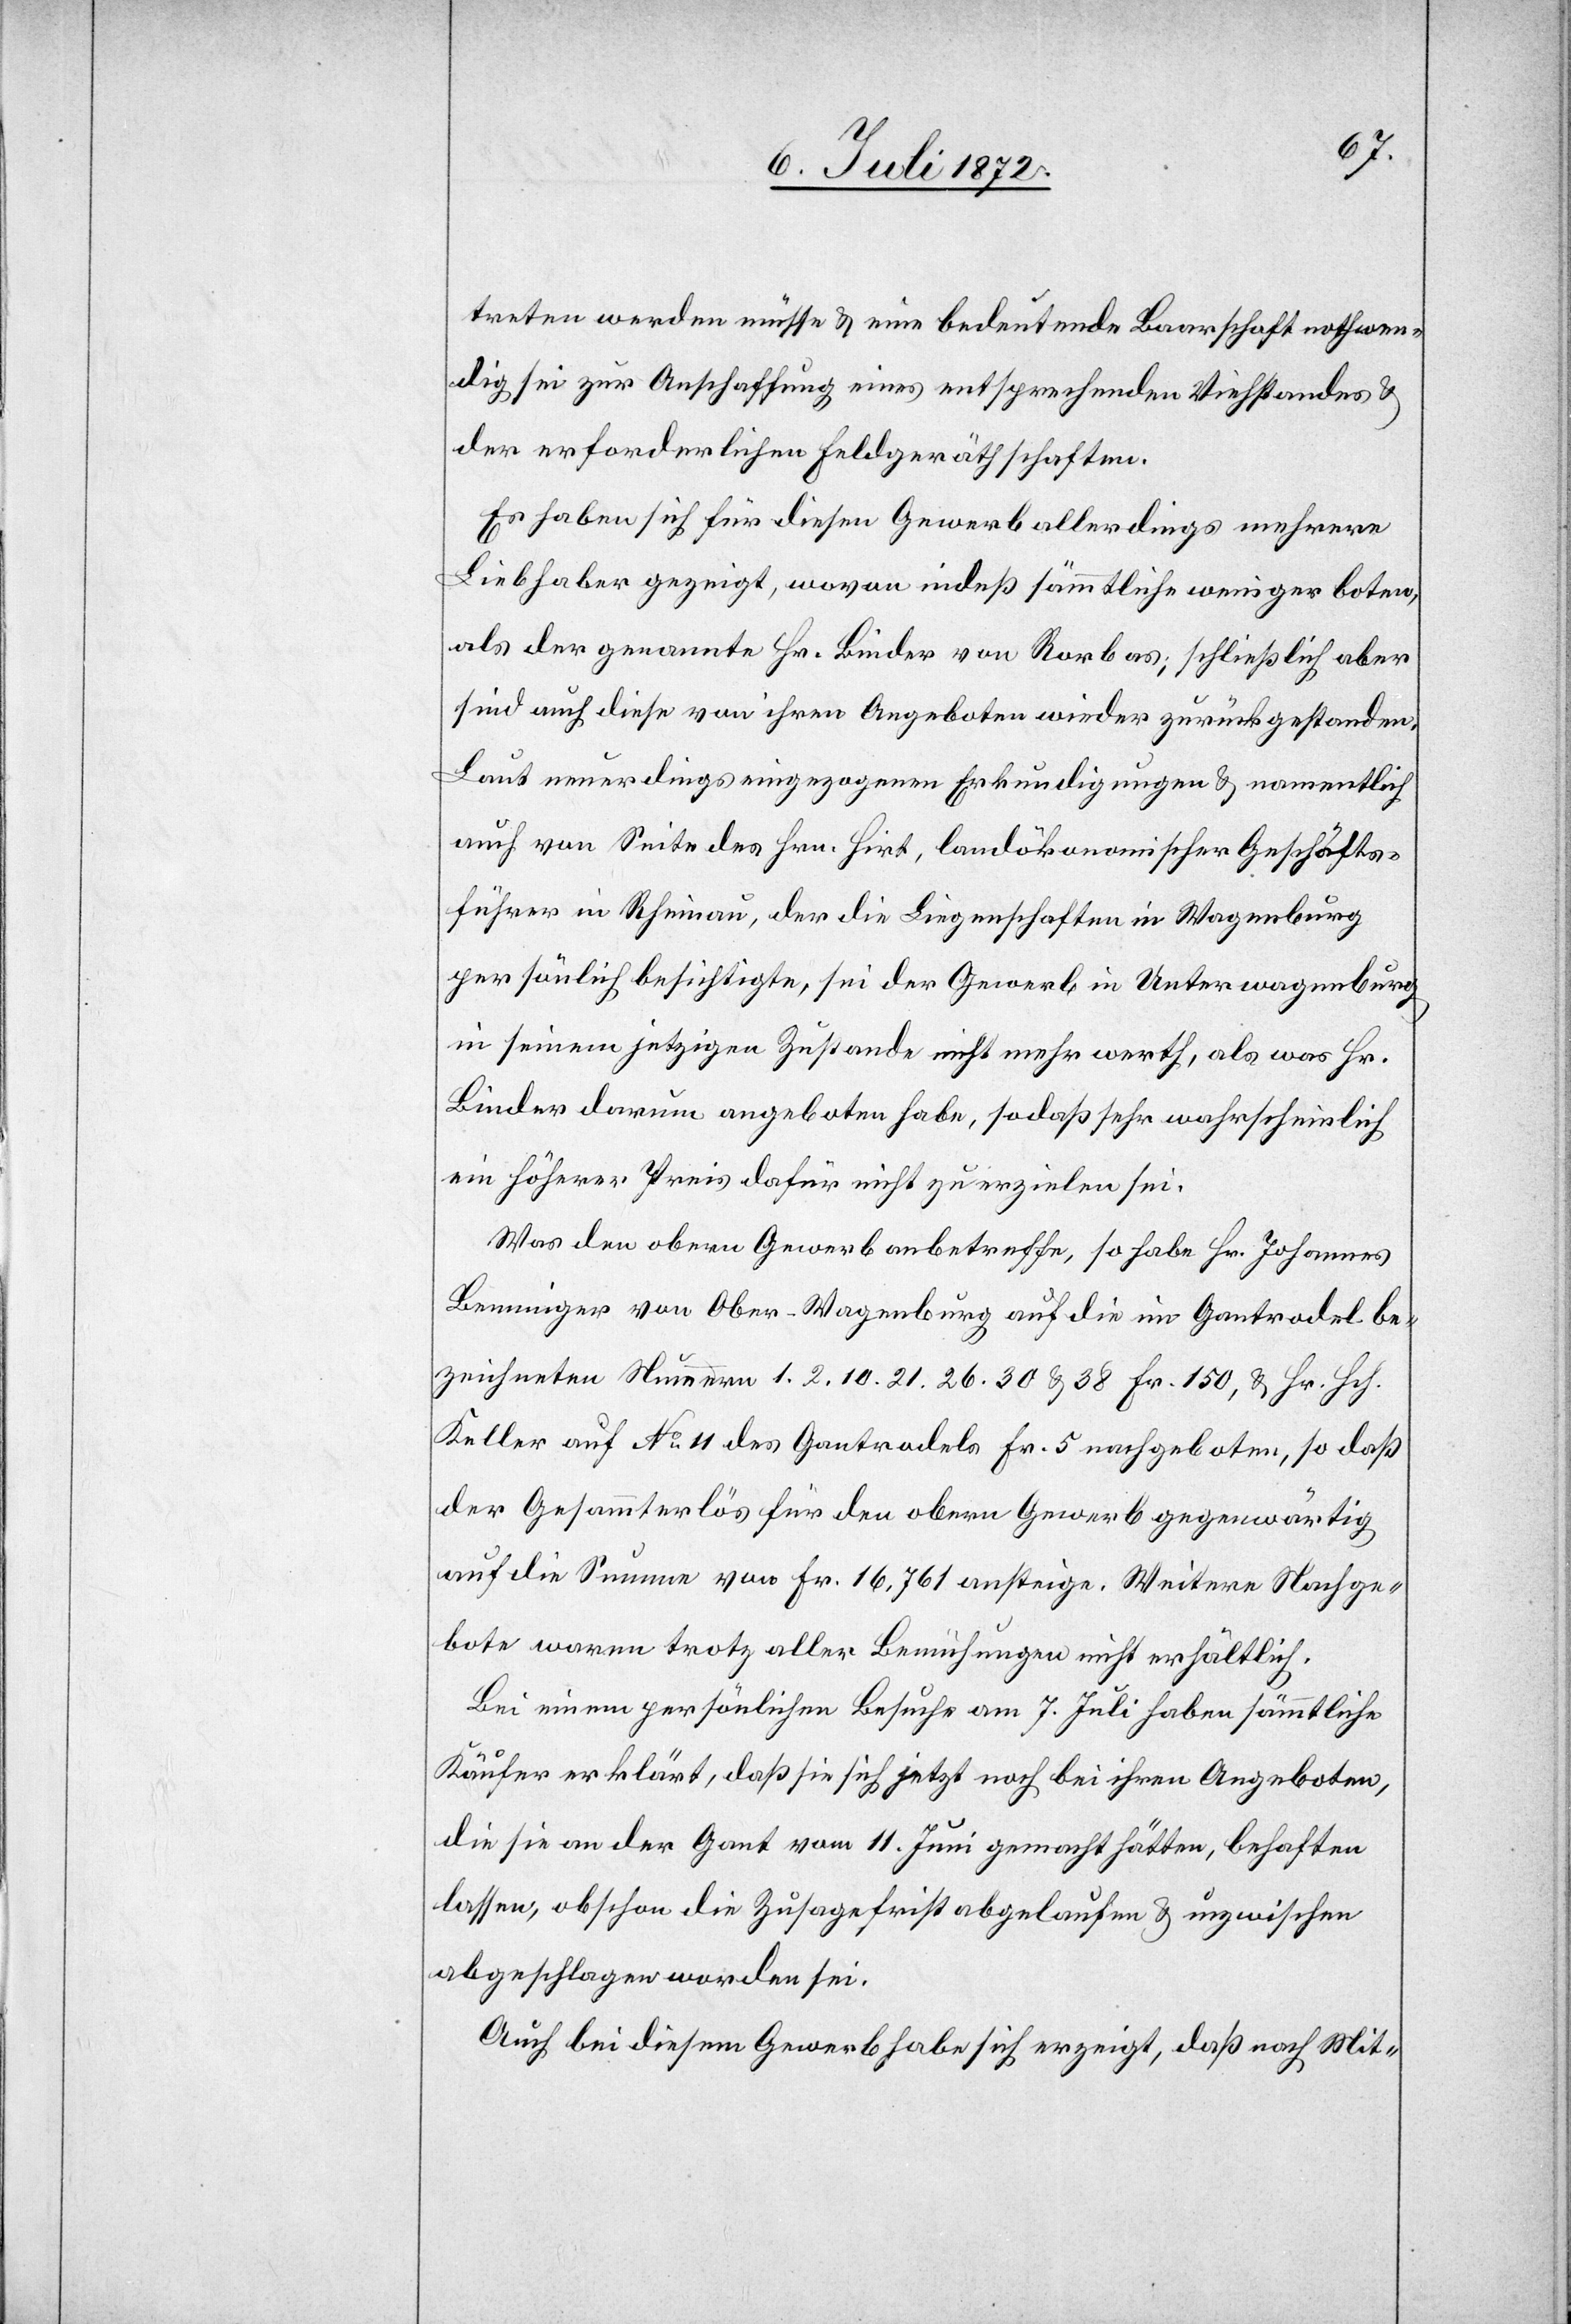
treten werden müsse u. eine bedeutende Baarschaft nothwen¬
dig sei zur Anschaffung eines entsprechenden Viehstandes u.
der erforderlichen Feldgeräthschaften.
Es haben sich für diesen Gewerb allerdings mehrere
Liebhaber gezeigt, wovon indeß sämmtliche weniger boten,
als der genannte Hr. Binder von Rorbas; schließlich aber
sind auch diese von ihren Angeboten wieder zurückgestanden.
Laut neuerdings eingezogenen Erkundigungen u. namentlich
auch von Seite des Hrn. Hirt, landökonomischer Geschäfts¬
führer in Rheinau, der die Liegenschaften in Wagenburg
persönlich besichtigte, sei der Gewerb in Unterwagenburg
in seinem jetzigen Zustande nicht mehr werth, als was Hr.
Binder darum angeboten habe, sodaß sehr wahrscheinlich
ein höherer Preis dafür nicht zu erzielen sei.
Was den obern Gewerb anbetreffe, so habe Hr. Johannes
Benninger von Ober-Wagenburg auf die im Gantrodel be¬
zeichneten Nummern 1. 2. 10. 21. 26. 30 u. 38 Fr. 150, u. Hr. Hch.
Keller auf No 11 des Gantrodels Fr. 5 nachgeboten, so daß
der Gesammterlös für den obern Gewerb gegenwärtig
auf die Summe von Fr. 16,761 ansteige. Weitere Nachge¬
bote waren trotz aller Bemühungen nicht erhältlich.
Bei einem persönlichen Besuche am 7. Juli haben sämmtliche
Käufer erklärt, daß sie sich jetzt noch bei ihren Angeboten,
die sie an der Ganz vom 11. Juni gemacht hätten, behaften
lassen, obschon die Zusagefrist abgelaufen u. inzwischen
abgeschlagen worden sei.
Auch bei diesem Gewerb habe sich erzeigt, daß nach Mit-